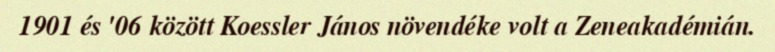
1901 és '06 között Koessler János növendéke volt a Zeneakadémián.